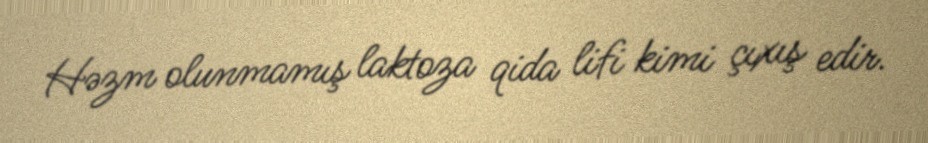
Həzm olunmamış laktoza qida lifi kimi çıxış edir.